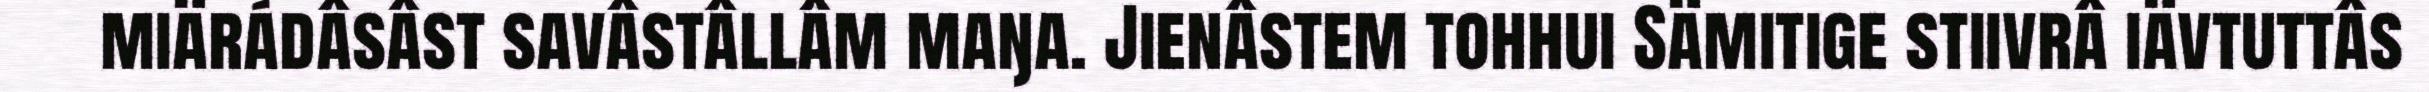
miärádâsâst savâstâllâm maŋa. Jienâstem tohhui Sämitige stiivrâ iävtuttâs